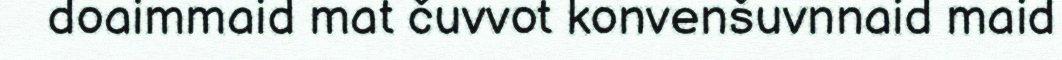
doaimmaid mat čuvvot konvenšuvnnaid maid